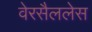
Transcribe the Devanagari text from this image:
वेरसैललेस